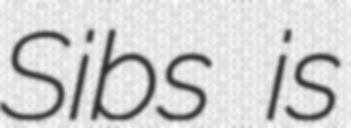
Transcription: Sibs is